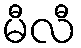
မီလီ